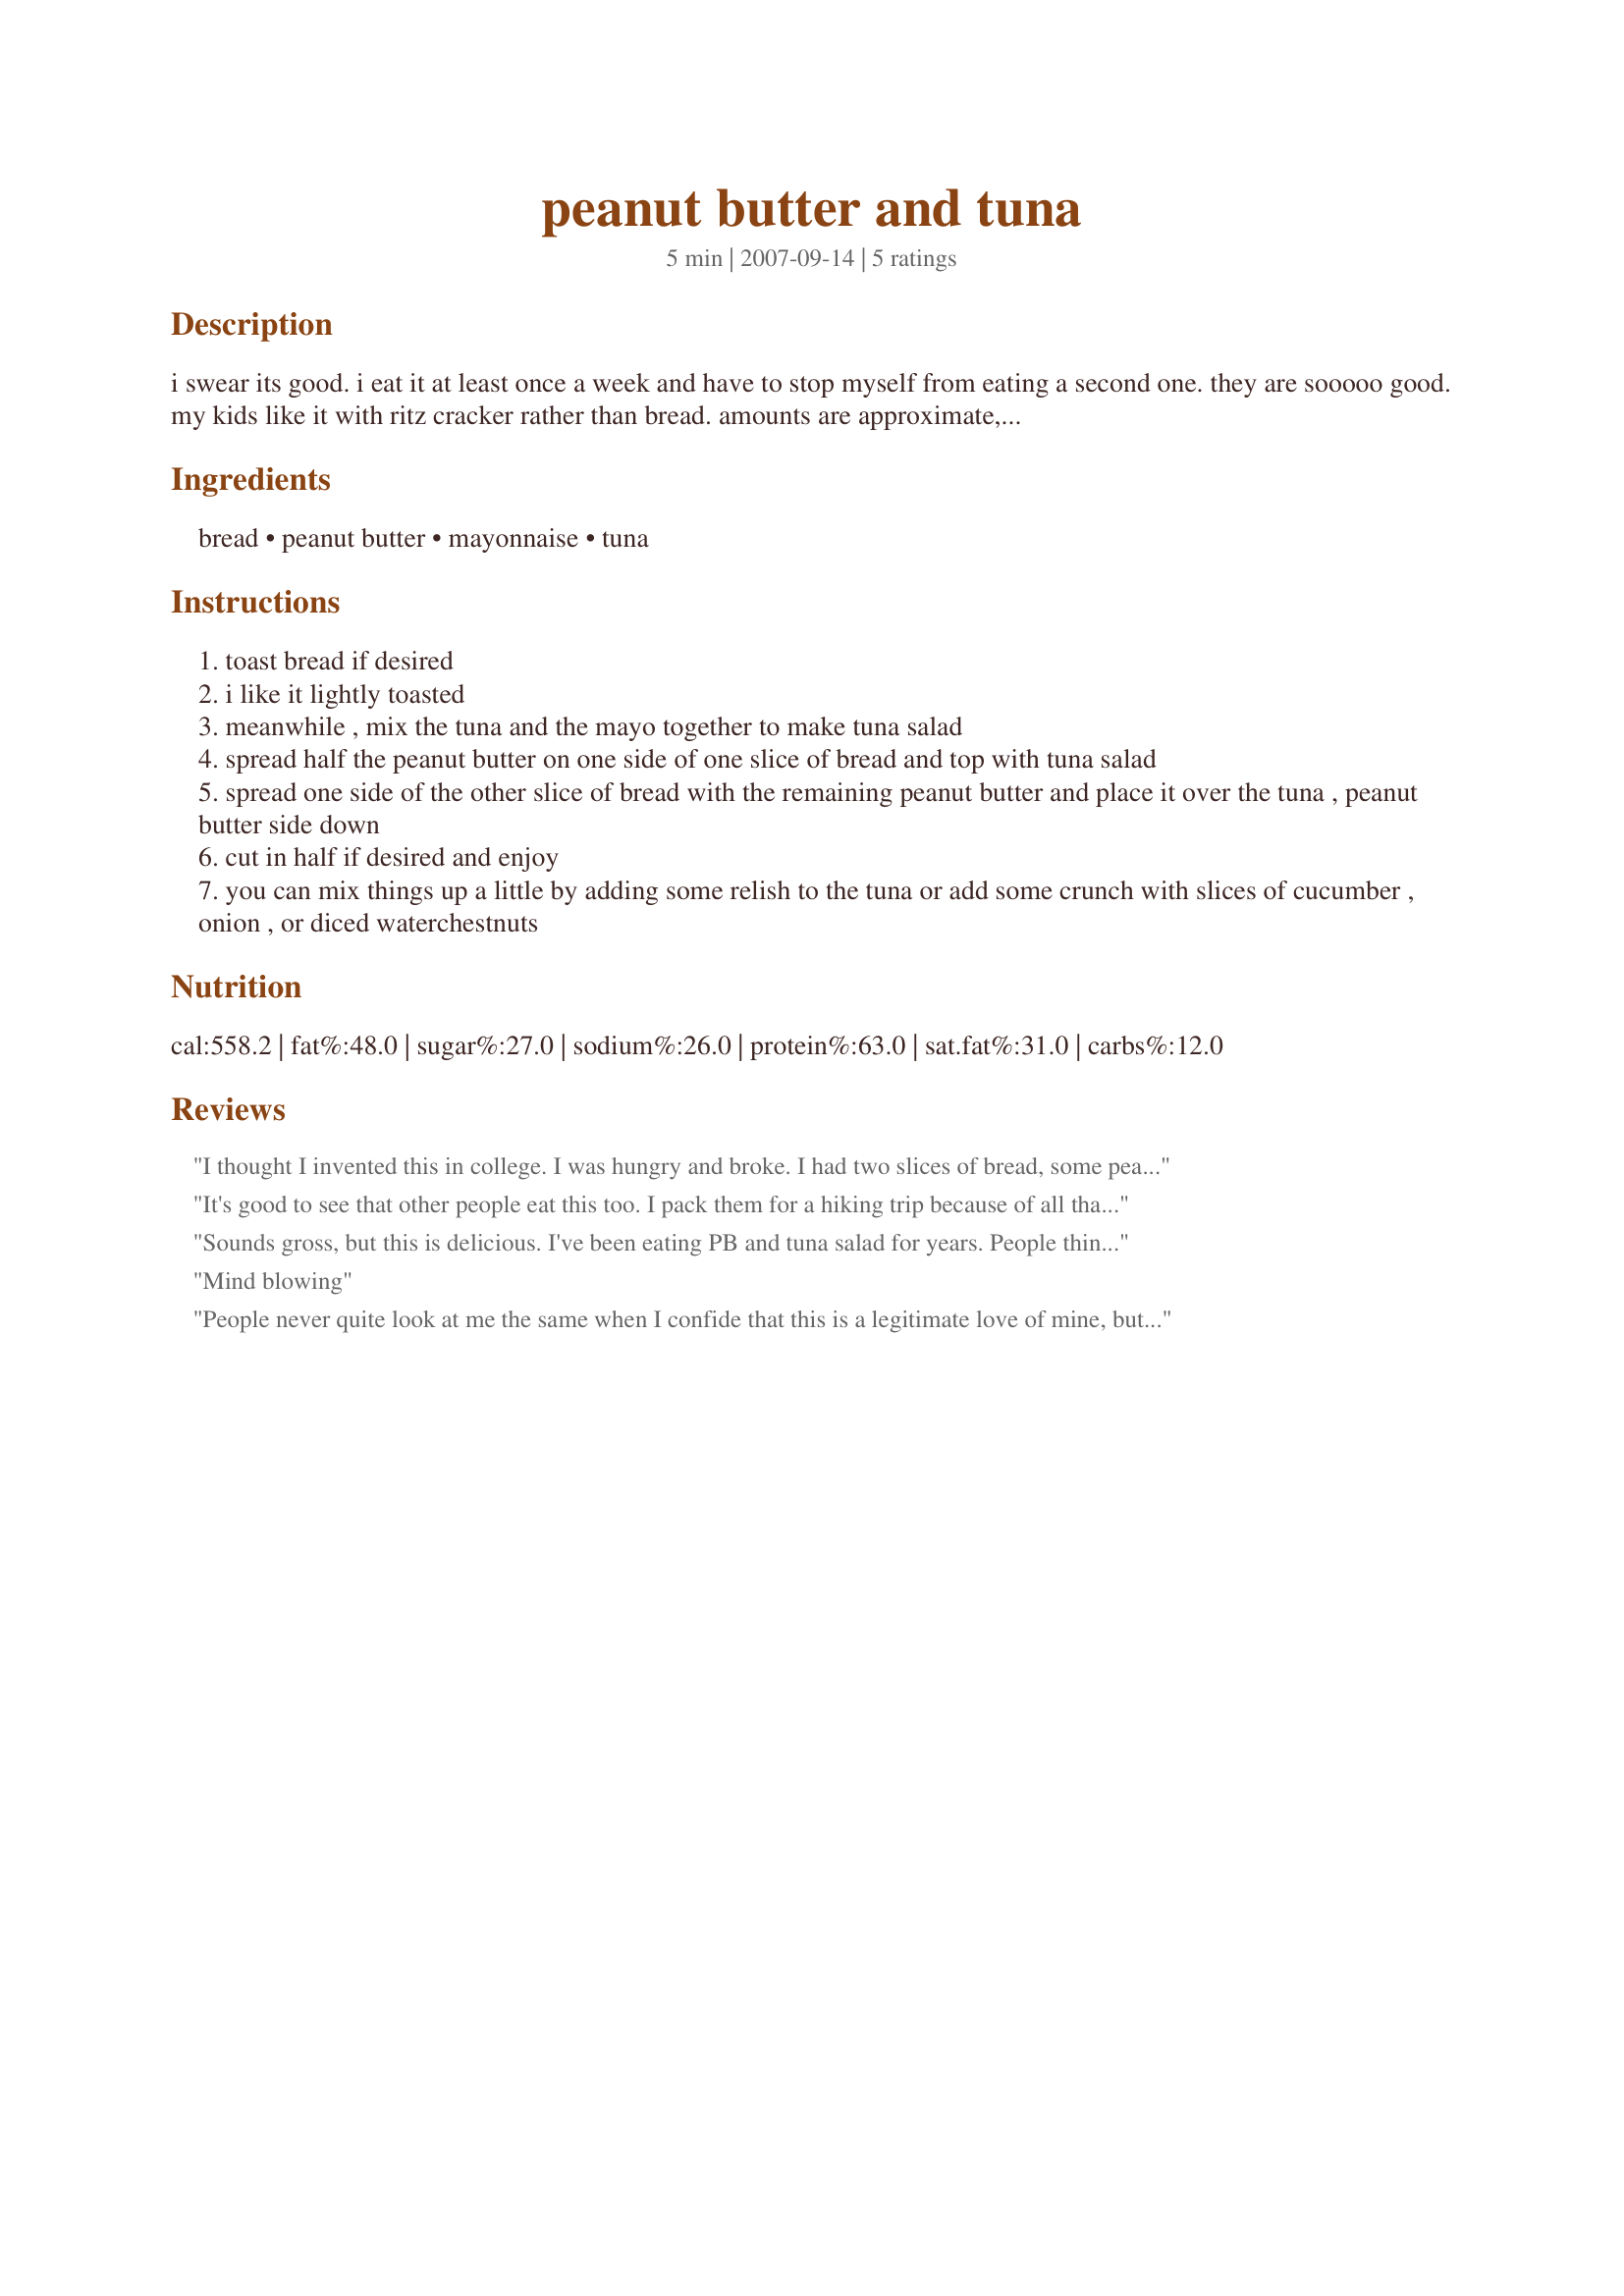
peanut butter and tuna
Preparation time: 5 minutes

i swear its good. i eat it at least once a week and have to stop myself from eating a second one. they are sooooo good. my kids like it with ritz cracker rather than bread. amounts are approximate, if you want more or less of anything, do it. i just posted a typical serving size of each item, i never measure.

Ingredients:
bread, peanut butter, mayonnaise, tuna

Steps:
toast bread if desired
i like it lightly toasted
meanwhile , mix the tuna and the mayo together to make tuna salad
spread half the peanut butter on one side of one slice of bread and top with tuna salad
spread one side of the other slice of bread with the remaining peanut butter and place it over the tuna , peanut butter side down
cut in half if desired and enjoy
you can mix things up a little by adding some relish to the tuna or add some crunch with slices of cucumber , onion , or diced waterchestnuts

Reviews:
I thought I invented this in college. I was hungry and broke. I had two slices of bread, some peanut butter, some mayo, and some tuna. I had 3 classes in a row and needed to maximize my meal. I slathered on on PB, mixed some tuna and mayo, mashed both sides together, cringed, bit, smiled. Couldn't believe it was that good.
It's good to see that other people eat this too. I pack them for a hiking trip because of all that protein.
Sounds gross, but this is delicious. I've been eating PB and tuna salad for years. People think I should be put away. Good to see I'm not alone.
Mind blowing
People never quite look at me the same when I confide that this is a legitimate love of mine, but everything about this is divine.
